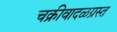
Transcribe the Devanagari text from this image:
चक्रीवादळग्रस्त